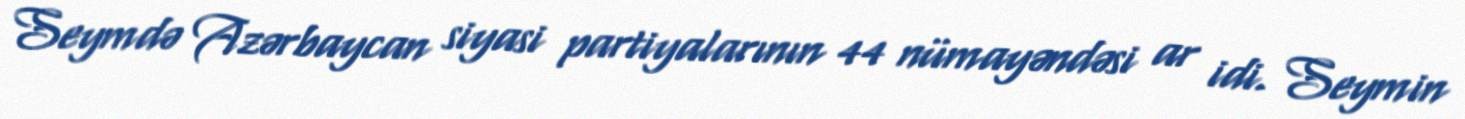
Seymdə Azərbaycan siyasi partiyalarının 44 nümayəndəsi ar idi. Seymin